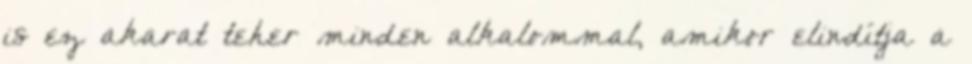
is ez akarat teher minden alkalommal, amikor elindítja a